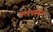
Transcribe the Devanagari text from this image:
नलधावन